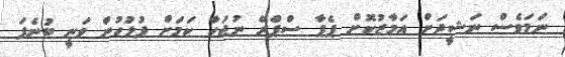
ނަމަވެސް ނަޝީދަށް އަމާޒުކޮށް ޕެޕާ ސްޕްރޭ ނުޖަހާ ކަމަށް ފުލުހުން ވަނީ ބުނެފަ